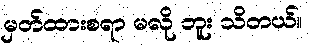
မှတ်ထားစရာ မလို ဘူး သိတယ်။